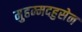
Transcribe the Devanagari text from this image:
मुहम्मदहुसेन